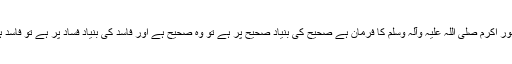
حضور اکرم صلی اللہ علیہ وآلہٖ وسلم کا فرمان ہے صحیح کی بنیاد صحیح پر ہے تو وہ صحیح ہے اور فاسد کی بنیاد فساد پر ہے تو فاسد ہے ۔